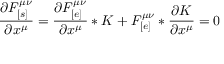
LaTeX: \frac { \partial F _ { [ s ] } ^ { \mu \nu } } { \partial x ^ { \mu } } = \frac { \partial F _ { [ e ] } ^ { \mu \nu } } { \partial x ^ { \mu } } * K + F _ { [ e ] } ^ { \mu \nu } * \frac { \partial K } { \partial x ^ { \mu } } = 0